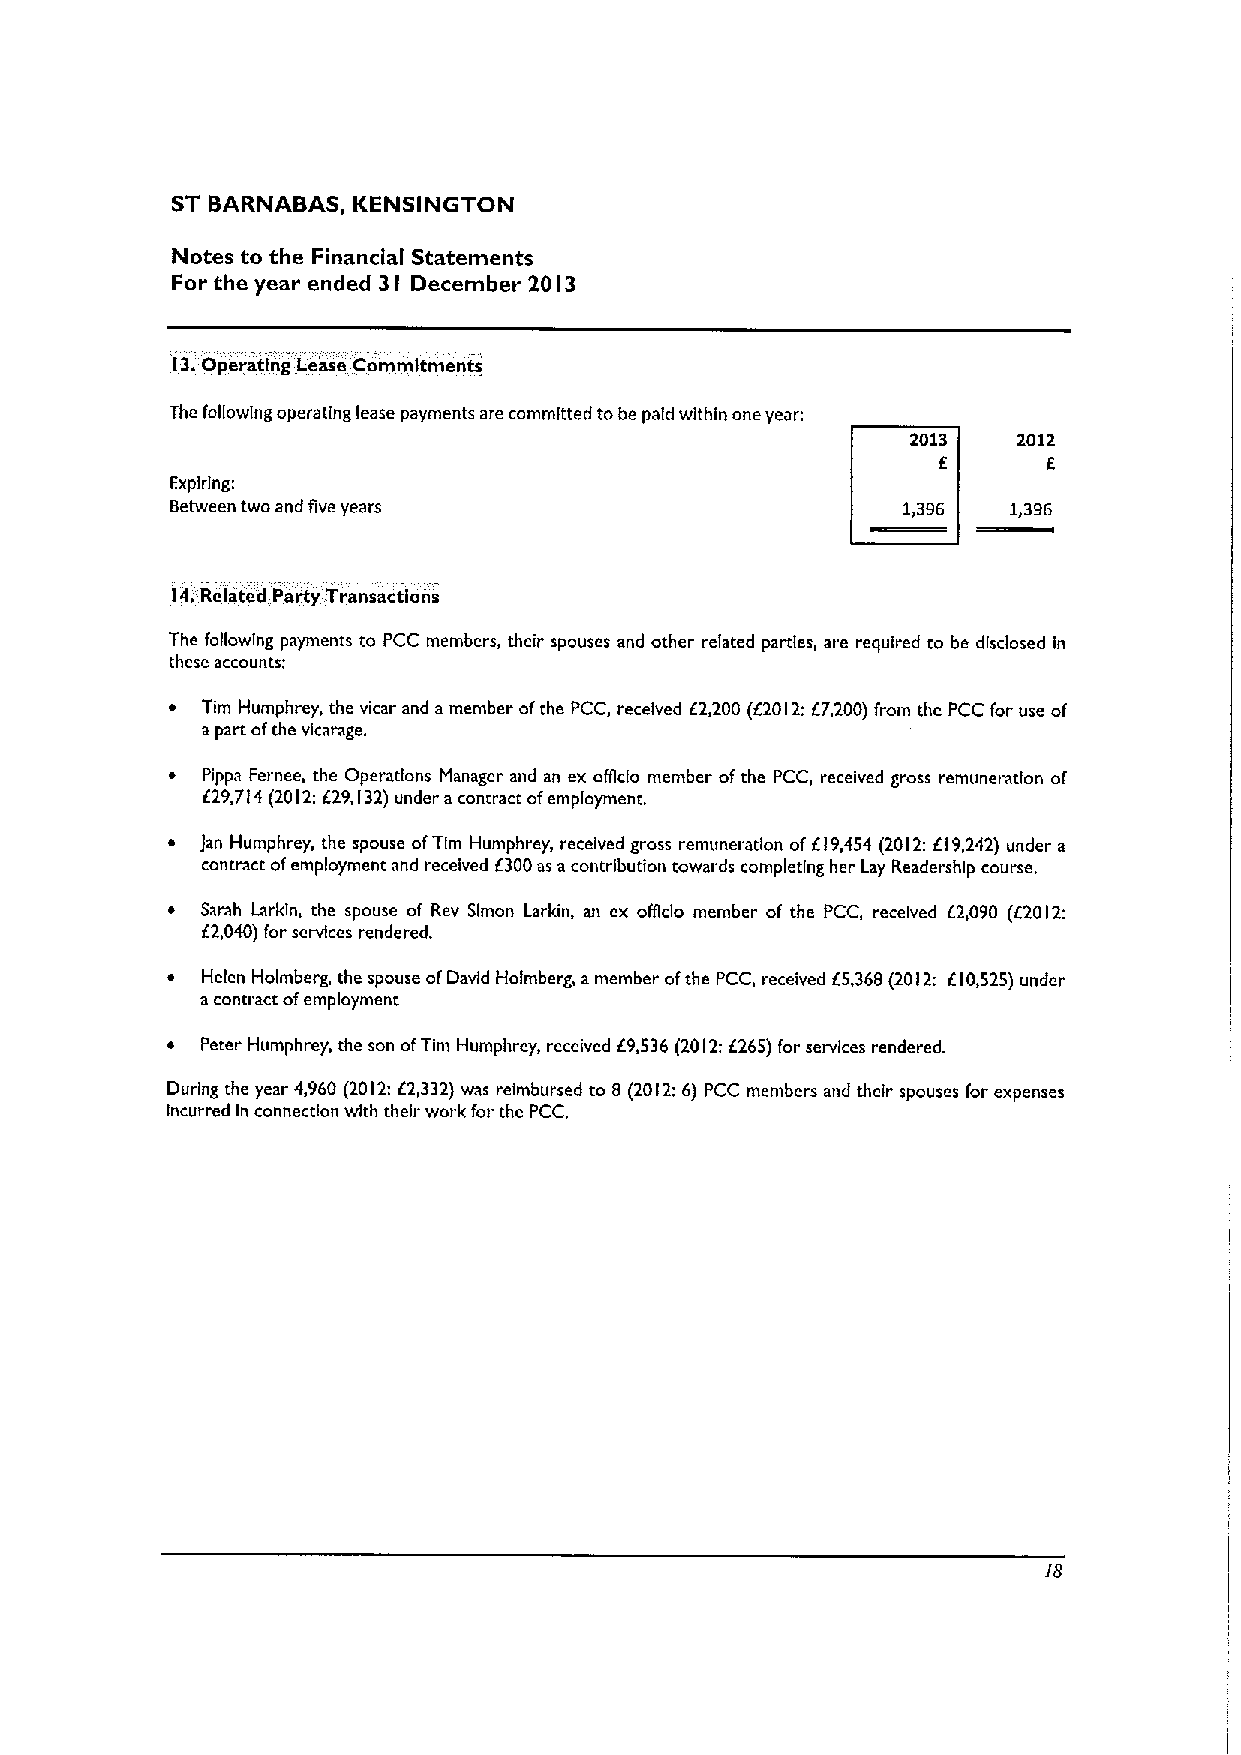
ST BARNABAS, KENSINGTON
 Notes to the Financial Statements
 For the year ended 3I December 20 I3
 13.Operating Lease Commitments
 The foiiowing operating lease payments are committed tobe paid within one year:
 2013   2012
 E      E
 Expiring:
 Between two and five years                       1,396  1,396
 14.Related Party Transactions
 The foilowlng payments to PCC members, their spouses and other related parties, are required to be disclosed in
 these accounts:
 ~ Tlm Humphrey, the vicar and a member ofthe PCC, received E2,200 (E2012:f7,200)from the PCC for use of
 apart ofthe vicarage.
 ~ Pippa Fernee, the Operations Manager and an ex officio member ofthe PCC, received gross remuneration of
 629714(2012:f29,132)under acontract ofemployment.
 ~ )an Humphrey, the spouse ofTlm Humphrey, received gross remuneration ofEf9,454 (2012;E19,242) under a
 contract ofemployment and received f300as acontribution towards completing her Lay Readership course.
 ~ Sarah Larkin, the spouse of Rev Simon Larkin, an ex ofgcfo member of the PCC, received f2,090 (E2012:
 E2,040)for services rendered.
 ~ Helen Holmberg, the spouse ofDavid Hofmberg, amember ofthe PCC, received E5,368(2012: EI0,525) under
 acontract ofemployment
 ~ Peter Humphrey, the son ofTim Humphrey, received E9,536 (2012:E265)(or services rendered.
 During the year 4,960 (2012:E2,332)was reimbursed to 8 (2012:6) PCC members and their spouses for expenses
 Incurred In connection with their work for the PCC.